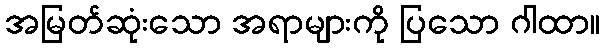
အမြတ်ဆုံးသော အရာများကို ပြသော ဂါထာ။